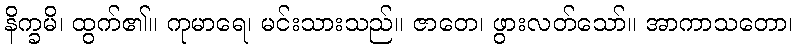
နိက္ခမိ၊ ထွက်၏။ ကုမာရေ၊ မင်းသားသည်။ ဇာတေ၊ ဖွားလတ်သော်။ အာကာသတော၊